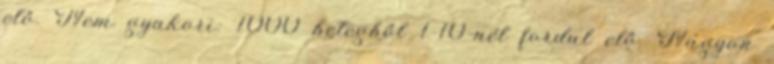
elő. Nem gyakori: 1000 betegből 1-10-nél fordul elő. Nagyon